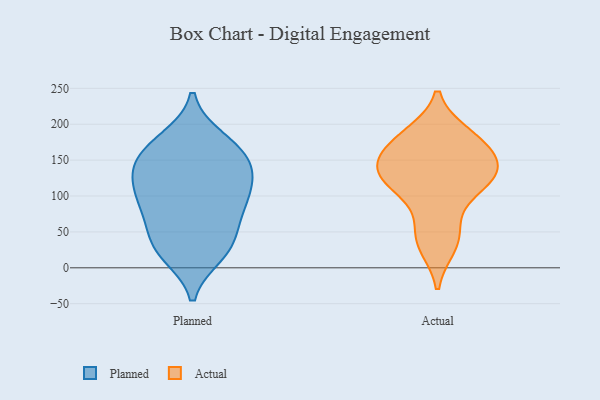
{"axis": {"x": "Headcount", "y": "Value"}, "legend": ["Actual", "Planned"], "data": [{"x": "", "y": 30, "type": "Planned"}, {"x": "", "y": 124, "type": "Planned"}, {"x": "", "y": 71, "type": "Planned"}, {"x": "", "y": 82, "type": "Planned"}, {"x": "", "y": 25, "type": "Planned"}, {"x": "", "y": 107, "type": "Planned"}, {"x": "", "y": 73, "type": "Planned"}, {"x": "", "y": 141, "type": "Planned"}, {"x": "", "y": 115, "type": "Planned"}, {"x": "", "y": 101, "type": "Planned"}, {"x": "", "y": 179, "type": "Planned"}, {"x": "", "y": 34, "type": "Planned"}, {"x": "", "y": 174, "type": "Planned"}, {"x": "", "y": 160, "type": "Planned"}, {"x": "", "y": 19, "type": "Planned"}, {"x": "", "y": 141, "type": "Planned"}, {"x": "", "y": 156, "type": "Planned"}, {"x": "", "y": 145, "type": "Actual"}, {"x": "", "y": 162, "type": "Actual"}, {"x": "", "y": 124, "type": "Actual"}, {"x": "", "y": 102, "type": "Actual"}, {"x": "", "y": 137, "type": "Actual"}, {"x": "", "y": 126, "type": "Actual"}, {"x": "", "y": 179, "type": "Actual"}, {"x": "", "y": 30, "type": "Actual"}, {"x": "", "y": 186, "type": "Actual"}, {"x": "", "y": 52, "type": "Actual"}]}